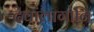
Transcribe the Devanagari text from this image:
देवांलागोनि